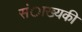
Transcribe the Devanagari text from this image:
संाख्यकी